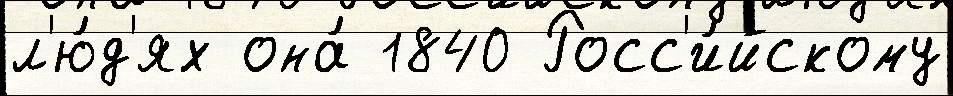
л'ю́д'ях она́ 1840 Росс'и́йскому